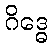
ဂိဒ္ဓေ